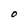
Character: O